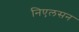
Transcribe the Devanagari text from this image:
निएलसन